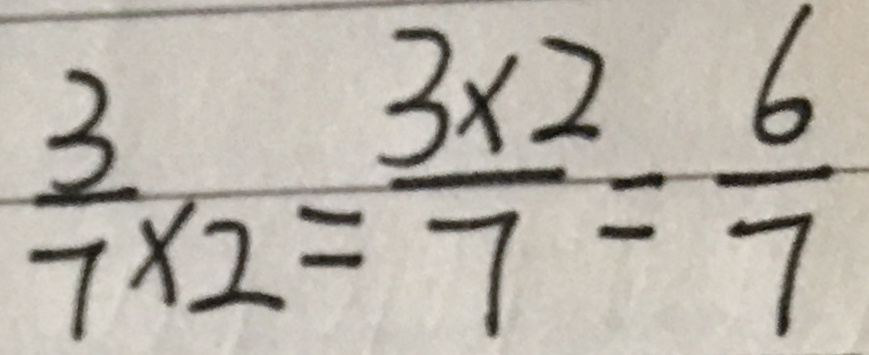
\frac { 3 } { 7 } \times 2 = \frac { 3 \times 2 } { 7 } = \frac { 6 } { 7 }